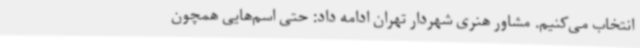
انتخاب می‌کنیم. مشاور هنری شهردار تهران ادامه داد: حتی اسم‌هایی همچون